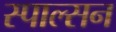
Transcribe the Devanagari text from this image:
स्पाल्सन